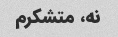
نه، متشکرم